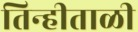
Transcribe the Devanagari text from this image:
तिन्हीताळी